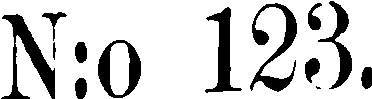
N:o 123.